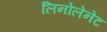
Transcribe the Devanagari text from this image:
लिनोलेनेट